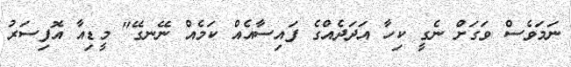
ނަމަވެސް ވަގަށް ނެގީ ކިހާ އަދަދެއްގެ ފައިސާއެއް ކަމެއް ނޭނގޭ" މީޑިއާ އޮފިސަރު